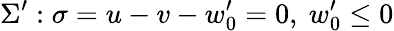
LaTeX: \Sigma^{\prime}:\sigma=u-v-w_{0}^{\prime}=0,~w_{0}^{\prime}\leq 0